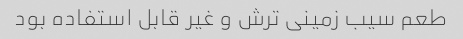
طعم سیب زمینی ترش و غیر قابل استفاده بود